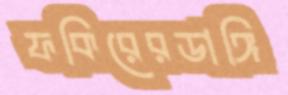
ফকিরেরডাঙ্গি